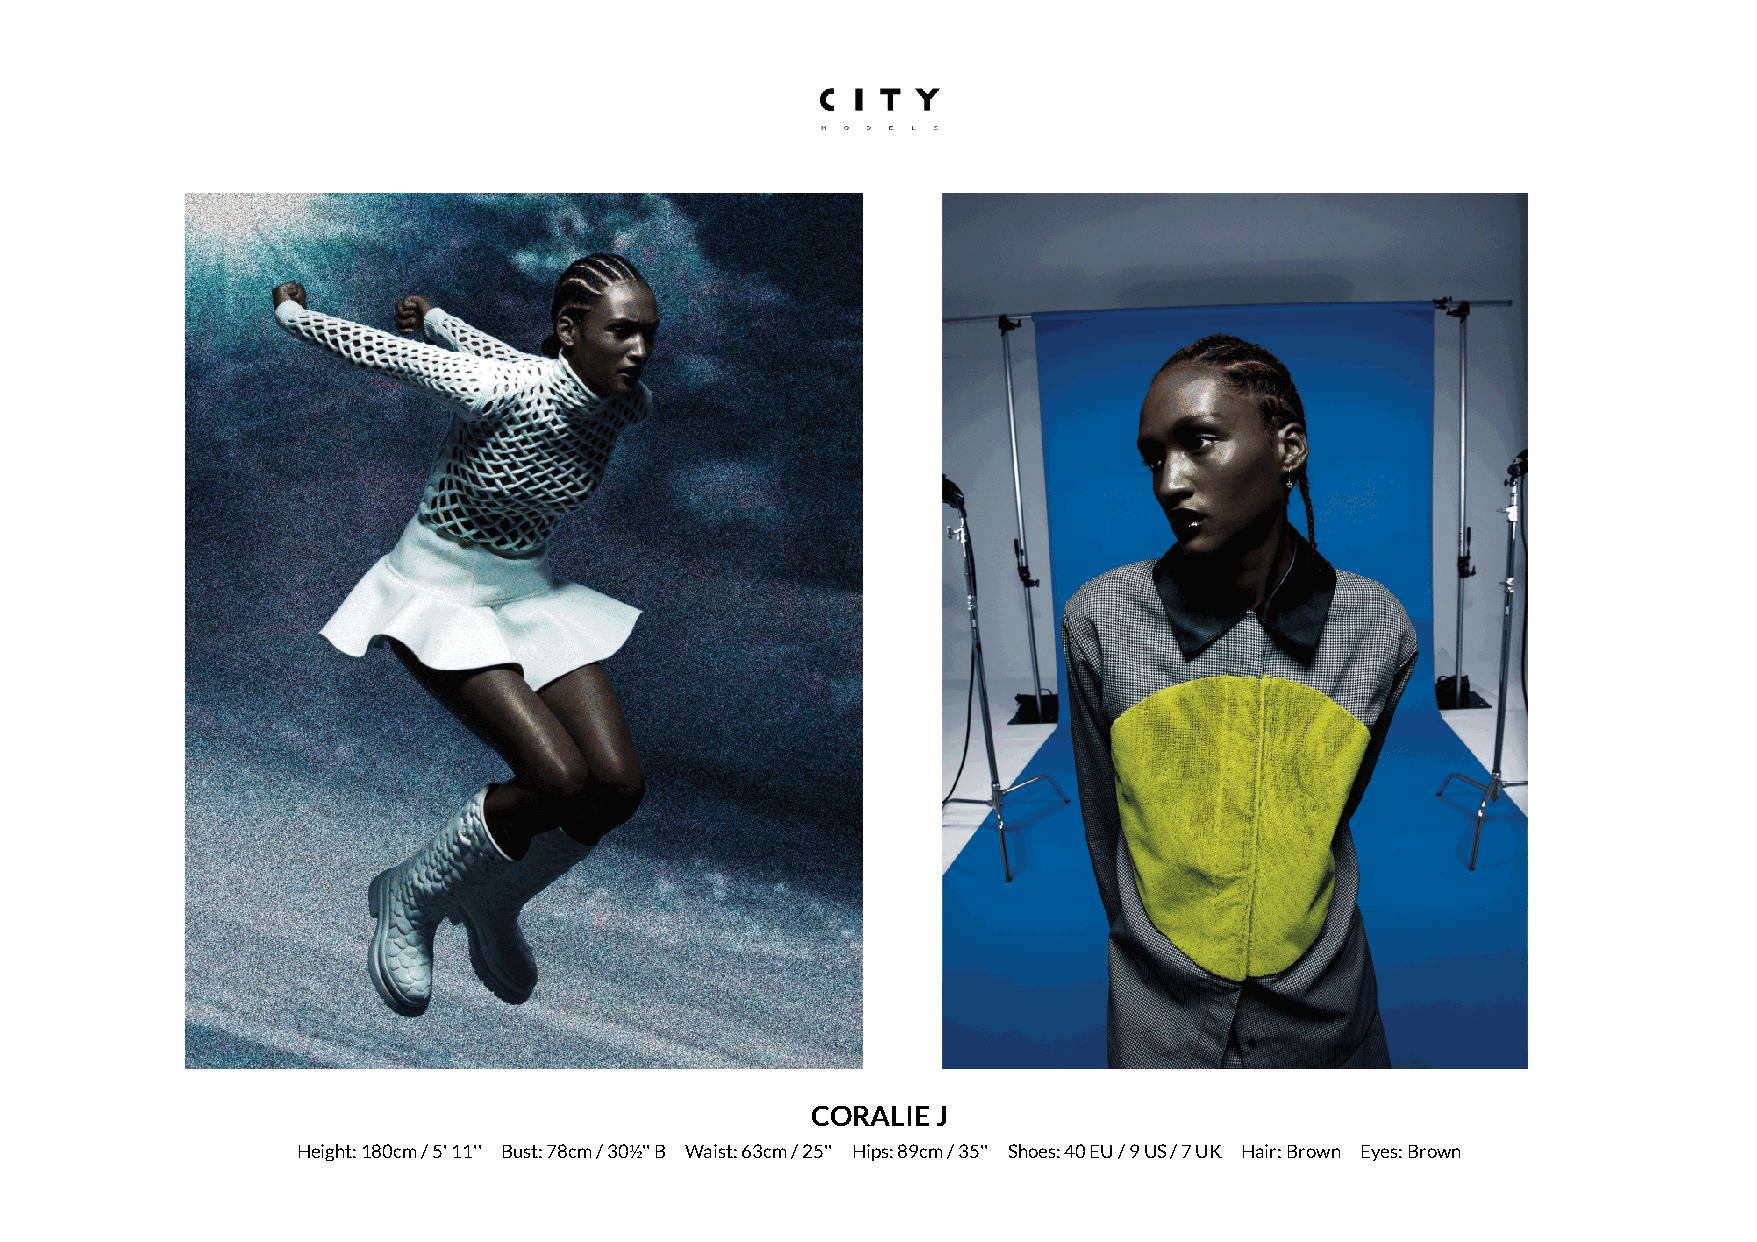
CORALIE J
 Height: 180cm / 5' 11'' Bust: 78cm / 30½'' B Waist: 63cm / 25'' Hips: 89cm / 35'' Shoes: 40 EU / 9 US / 7 UK Hair: Brown Eyes: Brown